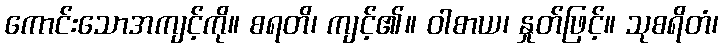
ကောင်းသောအကျင့်ကို။ စရတိ၊ ကျင့်၏။ ဝါစာယ၊ နှုတ်ဖြင့်။ သုစရိတံ၊